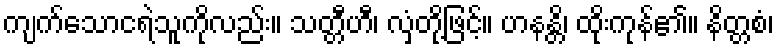
ကျက်သောငရဲသူကိုလည်း။ သတ္တီဟီ၊ လှံတို့ဖြင့်။ ဟနန္တိ၊ ထိုးကုန်၏။ နိတ္တစံ၊